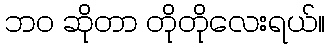
ဘဝ ဆိုတာ တိုတိုလေးရယ်။